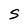
Character: s